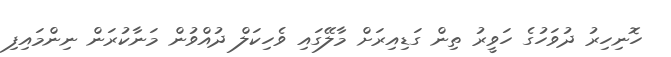
ހޮނިހިރު ދުވަހުގެ ހަވީރު ތިން ގަޑިއިރަށް މާލޭގައި ވެހިކަލް ދުއްވުން މަނާކުރަން ނިންމައިފި